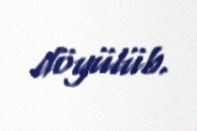
döyülüb.